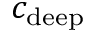
c _ { \mathrm { d e e p } }